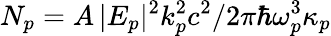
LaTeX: N_{p}=A\, |E_{p}|^{2}k_{p}^{2}c^{2}/2\pi\hbar\omega_{p}^{3}\kappa_{p}